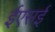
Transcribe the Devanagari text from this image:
ईएसई